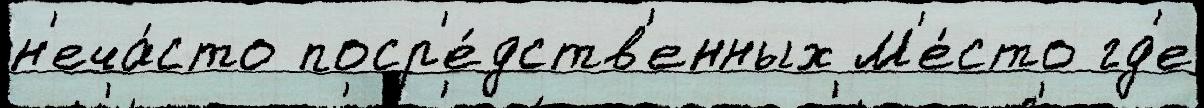
н'еча́сто поср'е́дств'енных М'е́сто гд'е